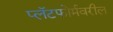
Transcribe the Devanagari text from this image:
प्लॅटफोर्मवरील